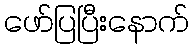
ဖော်ပြပြီးနောက်